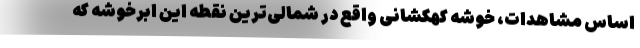
اساس مشاهدات، خوشه کهکشانی واقع در شمالی‌ترین نقطه این ابرخوشه که